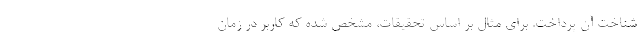
شناخت آن پرداخت. برای مثال بر اساس تحقیقات، مشخص شده که کاربر در زمان